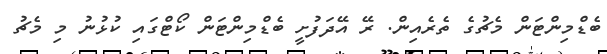
ބެޑްމިންޓަން މެޗުގެ ތެރެއިން. ރޭ އޭދަފުށީ ބެޑްމިންޓަން ކޯޓްގައި ކުޅުނު މި މެޗު